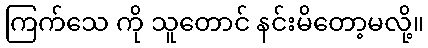
ကြက်သေ ကို သူတောင် နင်းမိတော့မလို့။